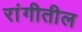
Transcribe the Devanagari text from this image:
रांगीतील